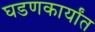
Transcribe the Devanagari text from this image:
घडणकार्यांत